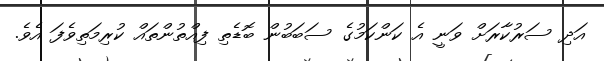
އަދި ސަރުކާރަށް ވަނީ އެ ކަންކަމުގެ ސަބަބުން ބޮޑެތި ފިއްތުންތައް ކުރިމަތިވެފަ އެވެ.